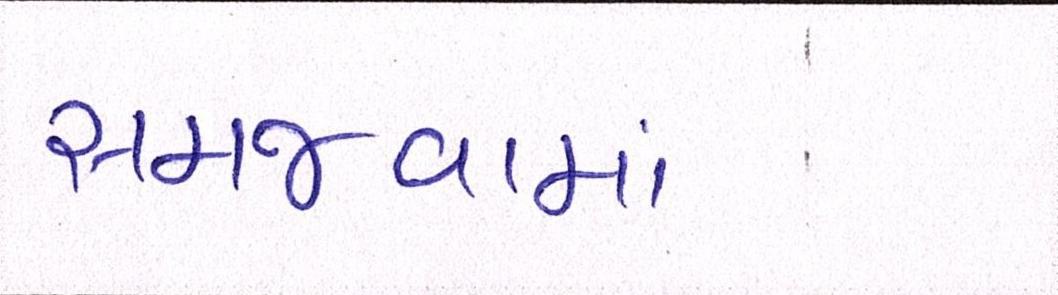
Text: સમજવામાં